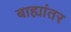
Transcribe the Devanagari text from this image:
बाह्यांतर